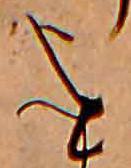
を